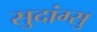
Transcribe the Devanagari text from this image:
सुदांग्सु